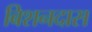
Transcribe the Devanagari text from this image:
बिशनदास